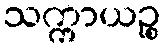
သက္ကာယဉ္စ